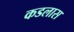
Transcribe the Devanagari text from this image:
कडलास